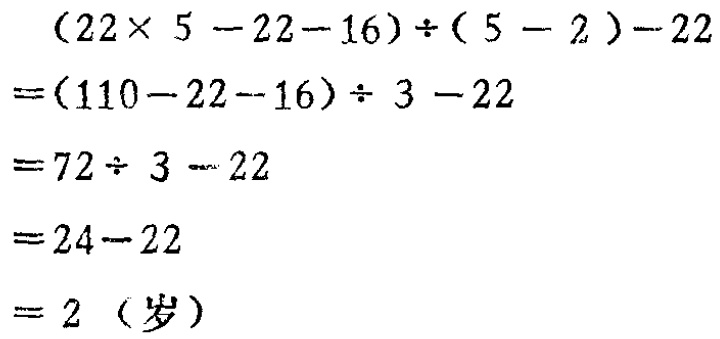
\[

\begin{align*}

&(22\times 5 - 22 - 16)\div(5 - 2)-22\\

=&(110 - 22 - 16)\div 3 - 22\\

=&72\div 3 - 22\\

=&24 - 22\\

=&2 (\text{岁})

\end{align*}

\]